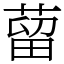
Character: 蒥